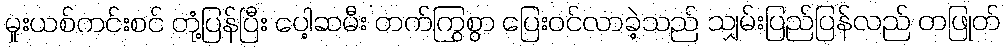
မူးယစ်ကင်းစင် တုံ့ပြန်ပြီး ပေါ့ဆမီး တက်ကြွစွာ ပြေးဝင်လာခဲ့သည် သျှမ်းပြည်ပြန်လည် တဖြုတ်